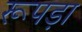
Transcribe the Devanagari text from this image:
रूपड़ा